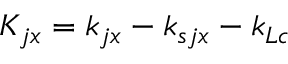
K _ { j x } = k _ { j x } - k _ { s j x } - k _ { L c }